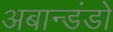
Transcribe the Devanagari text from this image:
अबान्डंडो